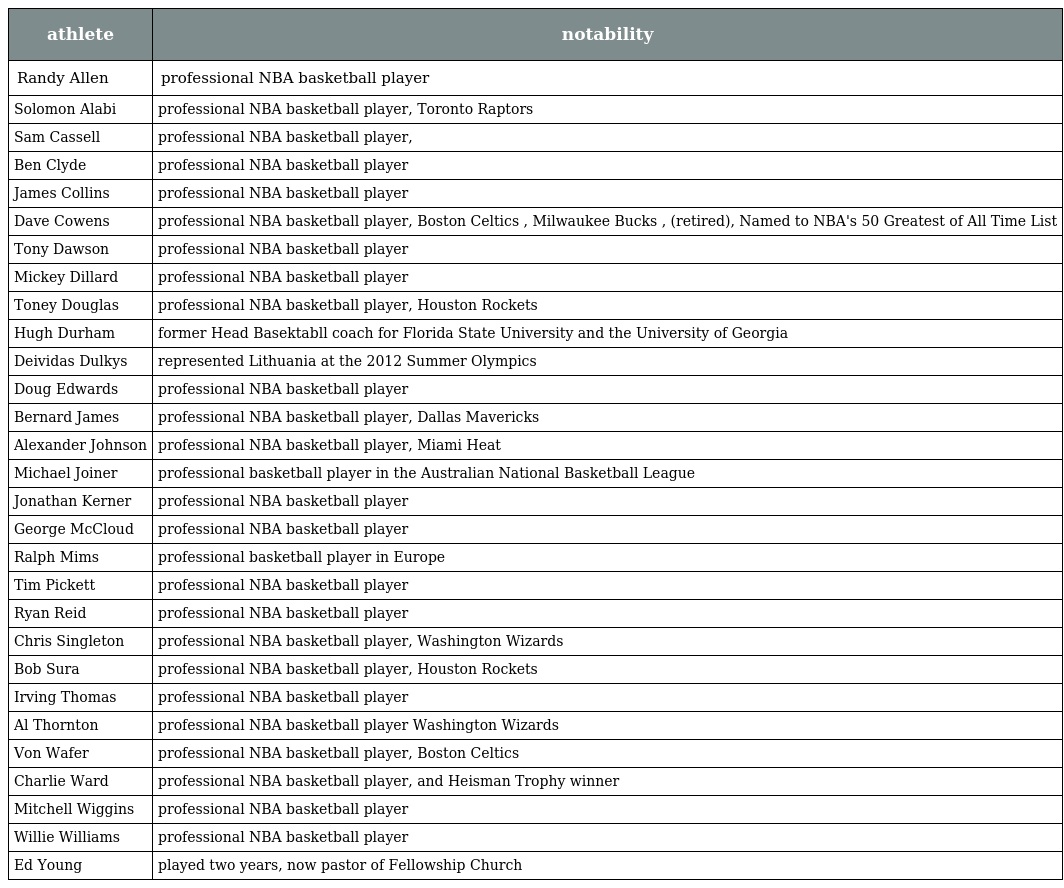
| athlete | notability |
 | --- | --- |
 | Randy Allen | professional NBA basketball player |
 | Solomon Alabi | professional NBA basketball player, Toronto Raptors |
 | Sam Cassell | professional NBA basketball player, |
 | Ben Clyde | professional NBA basketball player |
 | James Collins | professional NBA basketball player |
 | Dave Cowens | professional NBA basketball player, Boston Celtics , Milwaukee Bucks , (retired), Named to NBA's 50 Greatest of All Time List |
 | Tony Dawson | professional NBA basketball player |
 | Mickey Dillard | professional NBA basketball player |
 | Toney Douglas | professional NBA basketball player, Houston Rockets |
 | Hugh Durham | former Head Basektabll coach for Florida State University and the University of Georgia |
 | Deividas Dulkys | represented Lithuania at the 2012 Summer Olympics |
 | Doug Edwards | professional NBA basketball player |
 | Bernard James | professional NBA basketball player, Dallas Mavericks |
 | Alexander Johnson | professional NBA basketball player, Miami Heat |
 | Michael Joiner | professional basketball player in the Australian National Basketball League |
 | Jonathan Kerner | professional NBA basketball player |
 | George McCloud | professional NBA basketball player |
 | Ralph Mims | professional basketball player in Europe |
 | Tim Pickett | professional NBA basketball player |
 | Ryan Reid | professional NBA basketball player |
 | Chris Singleton | professional NBA basketball player, Washington Wizards |
 | Bob Sura | professional NBA basketball player, Houston Rockets |
 | Irving Thomas | professional NBA basketball player |
 | Al Thornton | professional NBA basketball player Washington Wizards |
 | Von Wafer | professional NBA basketball player, Boston Celtics |
 | Charlie Ward | professional NBA basketball player, and Heisman Trophy winner |
 | Mitchell Wiggins | professional NBA basketball player |
 | Willie Williams | professional NBA basketball player |
 | Ed Young | played two years, now pastor of Fellowship Church |